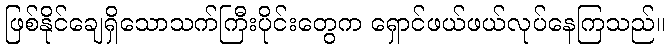
ဖြစ်နိုင်ချေရှိသောသက်ကြီးပိုင်းတွေက ရှောင်ဖယ်ဖယ်လုပ်နေကြသည်။